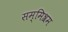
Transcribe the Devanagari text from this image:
सम्मिश्रम